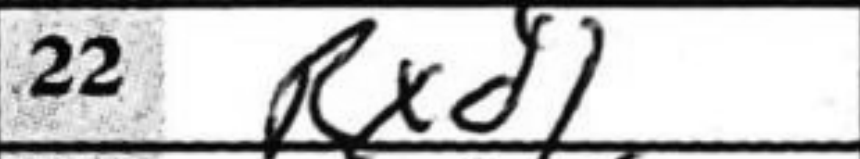
Transcription: Rxd1